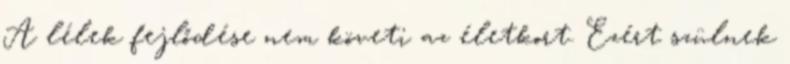
A lélek fejlődése nem követi az életkort. Ezért szülnek